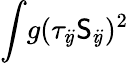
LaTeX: \int\! g(\tau_{i\! j}\mathsf{S}_{i\! j})^{2}